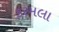
કરમલા